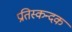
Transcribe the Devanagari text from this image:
प्रतिस्कन्दक